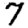
Digit: 7